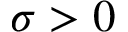
\sigma > 0